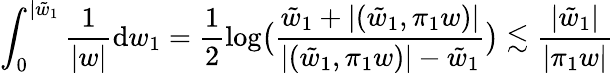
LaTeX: \int_{0}^{|\tilde{w}_{1}}\frac{1}{|w|}\mathrm{d}w_{1}=\frac{1}{2}\log\bigr(\frac{\tilde{w}_{1}+|(\tilde{w}_{1},\pi_{1}w)|}{|(\tilde{w}_{1},\pi_{1}w)|-\tilde{w}_{1}}\bigr)\lesssim\frac{|\tilde{w}_{1}|}{|\pi_{1}w|}